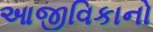
આજીવિકાનો